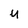
Character: U